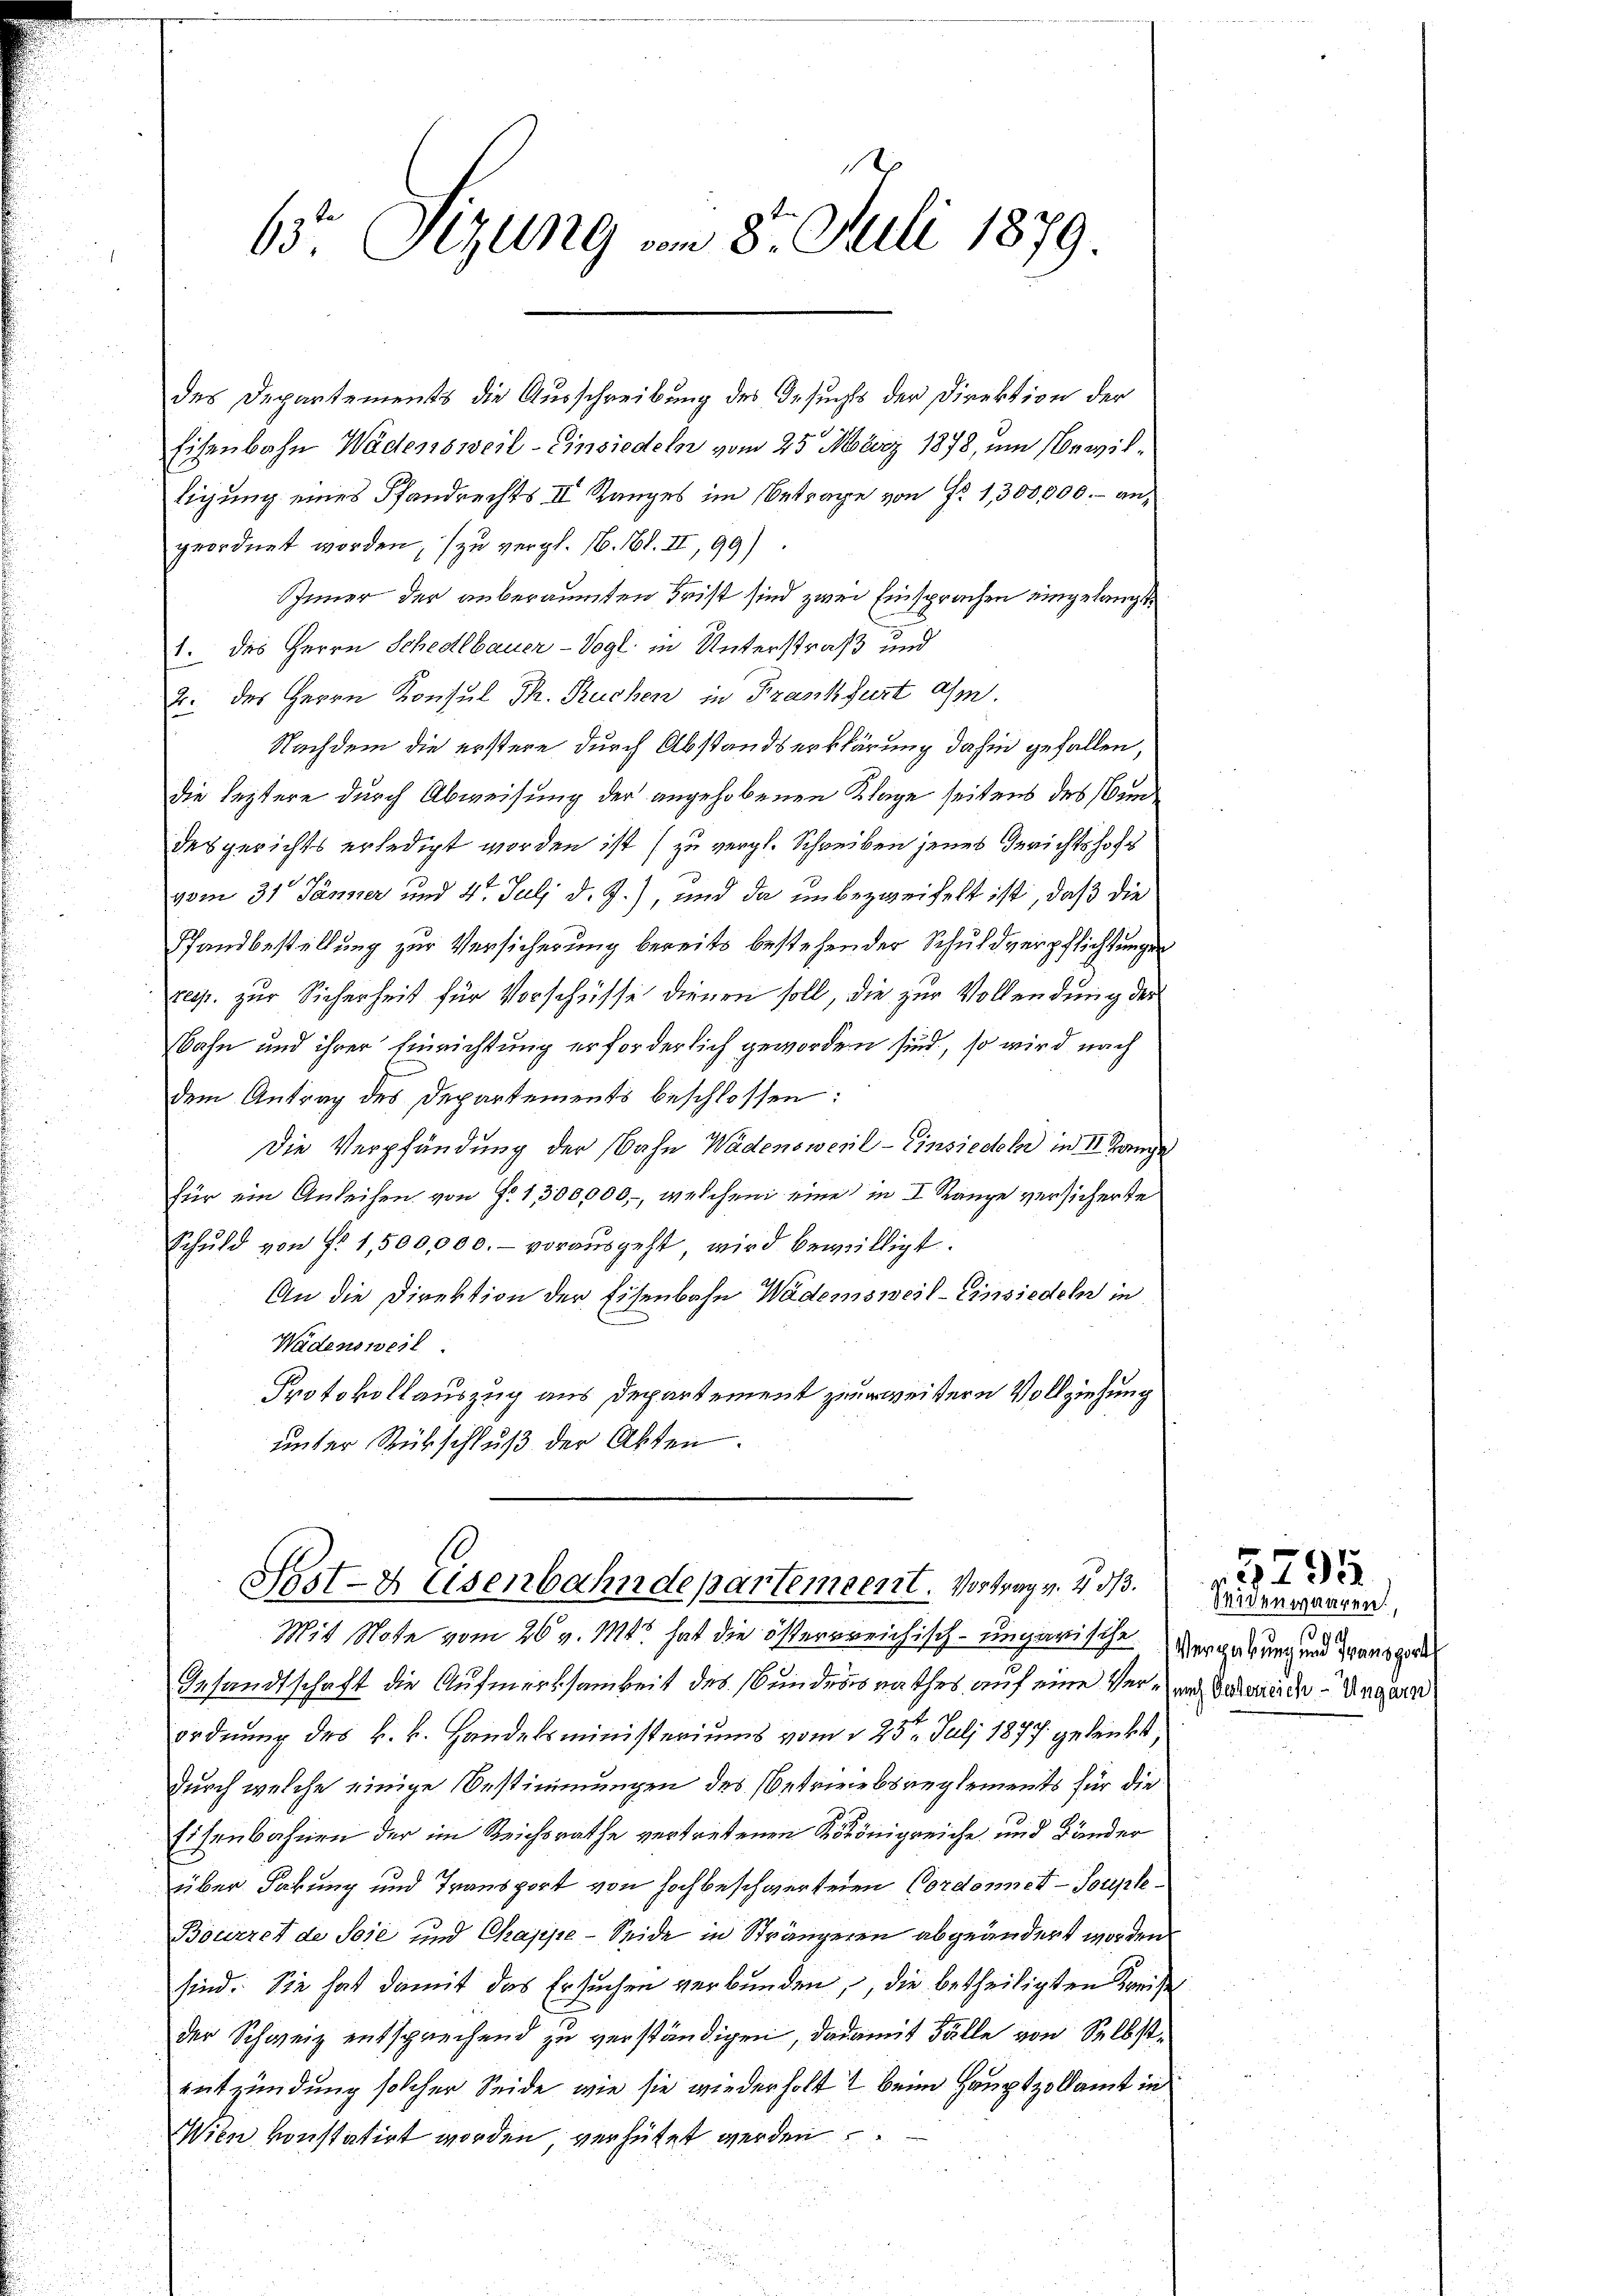
des Departements die Ausschreibung des Gesuchts der Direktion der
Eisenbahn Wädensweil-Einsiedeln vom 25. März 1878, um Bewiltigung eines Pfandrechts II Ranges im Betrage von No 1,300,000.- angeordnet worden, zu vergl. 16. Bl. II, 99).
Inner der anberaumten Frist sind zwei Einsprachen eingelangt
1. des Herrn Schedlbauer-Vogl. in Unterstraß und
2. des Herrn Konsul Th. Ruchen in Frankfurt a/m.
Nachdem die erstere durch Abstandserklärung dahin gefallen,
die leztere durch Abweisung der angehobenen Klage seitens des undesgerichts erledigt worden ist (zu vergl. Schreiben jenes Gerichtshofe
vom 31 Jänner und 4t Juli d. J.), und da unbezweifelt ist, daß die
Pfandbestellung zur Versicherung bereits bestehender Schuldverpflichtungen
resp. zur Sicherheit für Vorschüsse dienen soll, die zur Vollendung der
sbahn und ihrer Einrichtung erforderlich geworden sind, so wird nach
dem Antrag des Departements beschlossen:
Die Verpfändung der Bahn Wädensweil–Einsieden in II ange
für ein Anleihen von No 1,300,000, welchem eine in I Range versicherte
Schŭld von f. 1,500,000.- vorausgeht, wird bewilligt.
An die Direktion der Eisenbahn Wädensweil–Einsiedeln in
Wadensweil
Protokollauszug aus Departement zuerweitern Vollziehung
unter Rückschluß der Akten.

65. Sizung am 8t Juli 1879.

Hast- & Eisenbahndepartement. Vortrag v. 2. 313.

Mit Note vom 26. v. 114 hat die österrreichisch-ungarische
Gesandtschaft die Aufmerksamkeit des Bundesrathes auf eine Ver- und Vaterliche Ungarn
ordnung des k. k. Handelsministeriums vom 225. Juli 1877 gelenkt,
durch welche einige Bestimmungen des Betrieiebsreglements für die
Eisenbahnen der im Reichsrathe vertretenen Kötönigreiche und Bänder
über Fakung und Transport von Hochbeschwertenen Cordonnet - Soupte¬
Bouirret de Soje und Chappe - Seide in Strängeren abgeändert worden
sind. Sie hat damit das Ersuchen verbunden, die betheiligten Kreise
der Schweiz entsprechend zu verständigen, dadamit Fälle von Selbstentzündung solcher Seide, wie sie wiederholt & beim Hauptzollamt in
Wien konstatirt worden, verhütet werden

Seidenwaaren,
Vergabung und Transport

3794